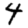
Digit: 4